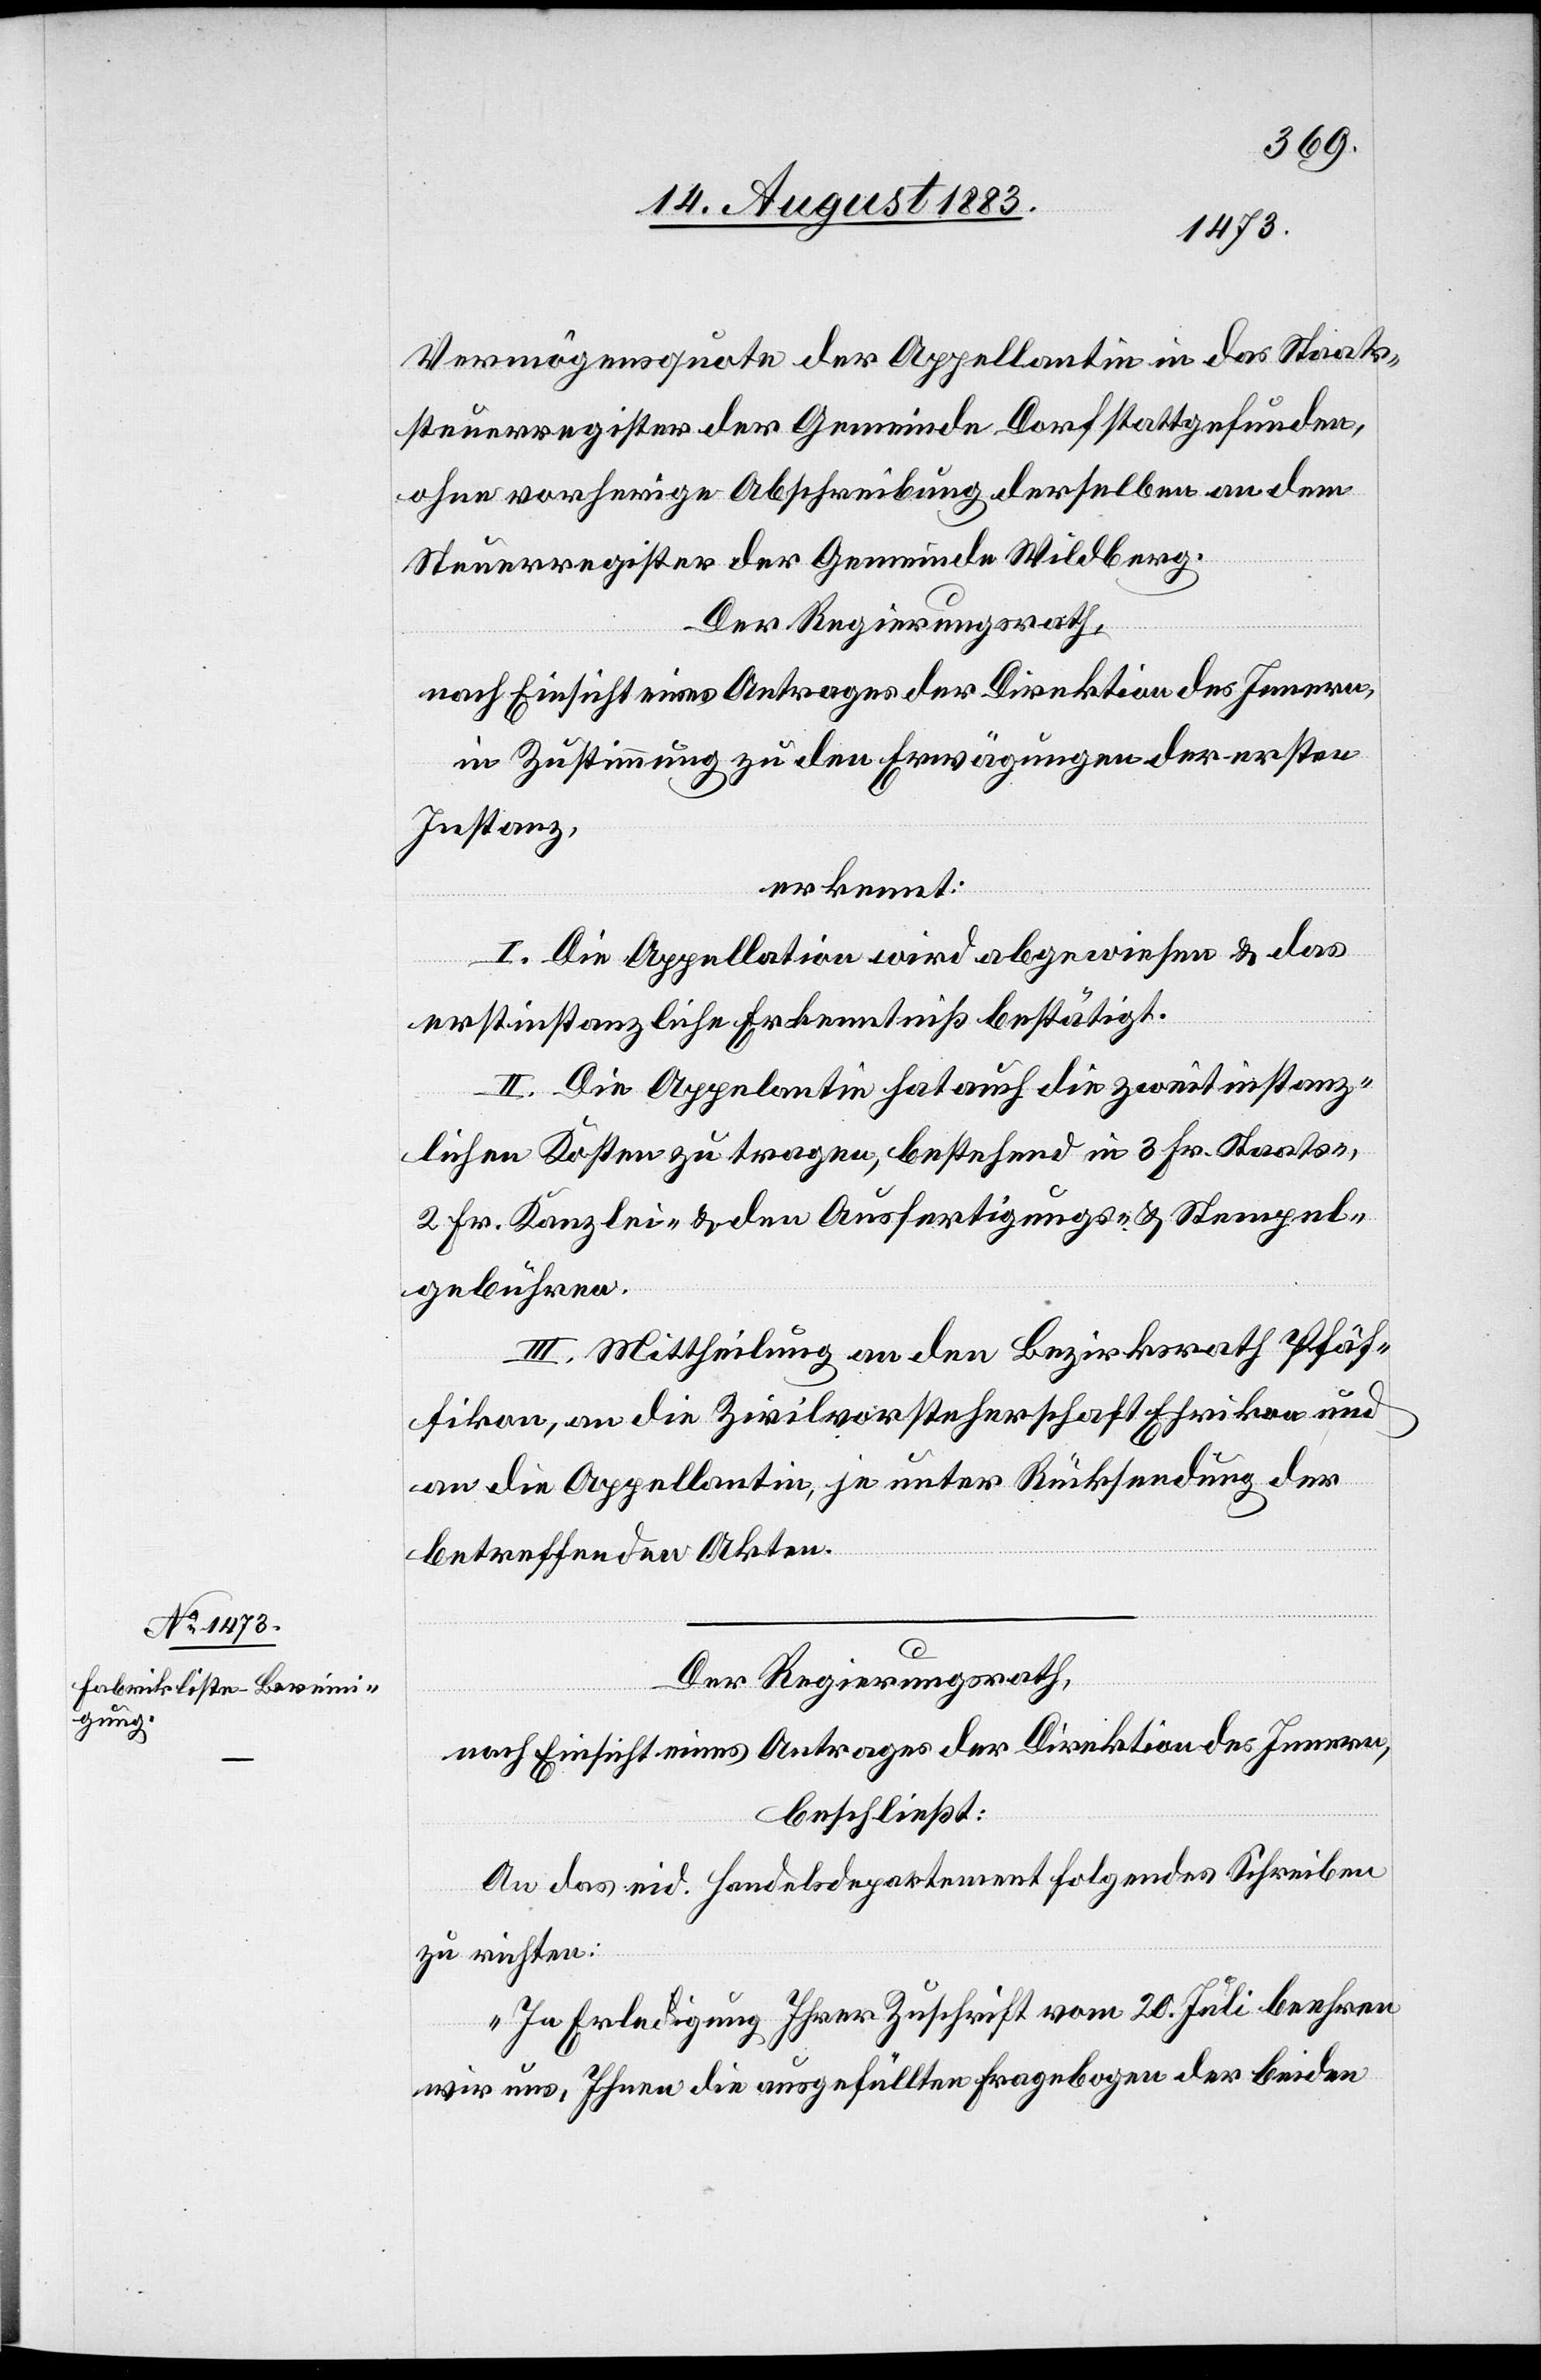
Vermögensquote der Appellatin in das Staats¬
steuerregister der Gemeinde Dorf stattgefunden,
ohne vorherige Abschreibung derselben an dem
Steuerregister der Gemeinde Wildberg.
Der Regierungsrath,
nach Einsicht eines Antrages der Direktion des Innern,
in Zustimmung zu den Erwägungen der ersten
Instanz,
erkennt:
I. Die Appellation wird abgewiesen & das
erstinstanzliche Erkenntniß bestätigt.
II. Die Appelantin [sic!] hat auch die zweitinstanz¬
lichen Kosten zu tragen, bestehend in 3 Fr. Staats-,
2 Fr. Kanzlei- & den Ausfertigungs- & Stempel¬
gebühren.
III. Mittheilung an den Bezirksrath Pfäf¬
fikon, an die Zivilvorsteherschaft Ehrikon und
an die Appellantin, je unter Rücksendung der
betreffenden Akten.
Der Regierungsrath,
nach Einsicht eines Antrages der Direktion des Innern,
beschließt:
An das eid. Handelsdepartement folgendes Schreiben
zu richten:
„In Erledigung Ihrer Zuschrift vom 20. Juli beehren
wir uns, Ihnen die ausgefüllten Fragebogen der beiden